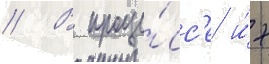
// В проце́сс'е и́х